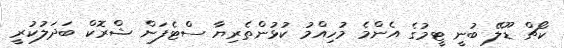
ކޯޗް ޑޫލޭ ބުނީ ޓީމުގެ އެންމެ މުހިއްމު ކުޅުންތެރިޔާ ސްޓެފަން ޝްރޮކް ބަދަލުކުރީ